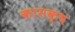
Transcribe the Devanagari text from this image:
कामक्ष